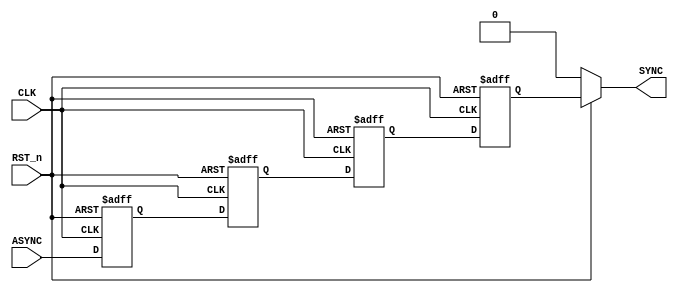
module Bit_Sync #(parameter NUM_STAGES = 'd4 , parameter BUS_WIDTH = 'd1)(

input RST_n   ,
input CLK     ,
input      [BUS_WIDTH -1  : 0] ASYNC ,

output     [BUS_WIDTH - 1 : 0] SYNC
);


reg [BUS_WIDTH - 1 : 0] FF_Stage [NUM_STAGES -1 : 0] ;
reg [BUS_WIDTH-1 : 0] data_SYN2; 

genvar i ;


assign SYNC =(RST_n)? data_SYN2 : 1'b0;

generate

	for(i = 0 ; i < NUM_STAGES ; i = i + 1)
	begin
	  
	  always @(posedge CLK or negedge RST_n)
	  begin
	  	
	  	if (!RST_n) begin
	  	    FF_Stage[i] <= 0;
	  	end


	  	else if (i == 0) begin
	  		FF_Stage[i] <= ASYNC;
	  	end


	  	
	  	else begin
	        FF_Stage[i] <= FF_Stage[i-1];		
	  	end

	  end
	end  

   always @(*) begin

    if(!RST_n) data_SYN2 = 0;
    else data_SYN2 = FF_Stage [NUM_STAGES - 1];
  
  end  

	
endgenerate


endmodule





///////////////////////////////////////////////////////////////////////////
////////////////////////////TESTBENCH /////////////////////////////////////
///////////////////////////////////////////////////////////////////////////



// module Bit_Sync_tb;

// parameter PERIOD_CLOCK = 100;
// parameter BUS_WIDTH  = 'd1;
// parameter NUM_STAGES = 'd4;


// reg  CLK     ;
// reg  RST_n   ;
// reg  [BUS_WIDTH -1  : 0] ASYNC ;
 
// wire [BUS_WIDTH - 1 : 0] SYNC ;


// Bit_Sync #(.BUS_WIDTH(BUS_WIDTH) , .NUM_STAGES(NUM_STAGES)) dut (.CLK(CLK) ,.RST_n(RST_n) ,.ASYNC(ASYNC) ,.SYNC(SYNC));


// integer i;


// always #(PERIOD_CLOCK/2) CLK = ~ CLK ;


// initial begin

// CLK   = 0 ;
// ASYNC = 0 ; 

// RST_n = 1'b0 ;
// #(PERIOD_CLOCK);
// RST_n = 1'b1;

// @(negedge CLK);

// for(i = 0 ; i < 50 ; i = i + 1)
// begin
// ASYNC = $random;
// CHECK_RESULT(ASYNC);
// #(PERIOD_CLOCK);
// end

// RST_n = 1'b0 ;
// #(PERIOD_CLOCK);
// RST_n = 1'b1;

// $stop;

// end




// task CHECK_RESULT(input [BUS_WIDTH-1 : 0] expected_bit);

// begin
	
// #(NUM_STAGES * PERIOD_CLOCK);
// if(expected_bit == SYNC) $display("RIGHT LATENCY");
// else $display("WRONG LATENCY !");

// end

// endtask



// endmodule